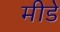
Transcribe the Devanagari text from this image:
मीडे